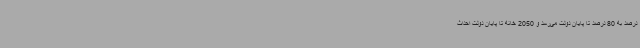
درصد به 80 درصد تا پایان دولت می‌رسد و 2050 خانه تا پایان دولت احداث